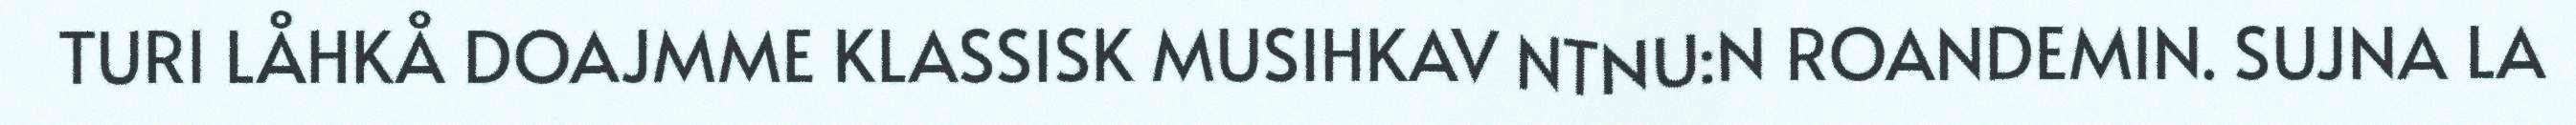
TURI LÅHKÅ DOAJMME KLASSISK MUSIHKAV NTNU:N ROANDEMIN. SUJNA LA